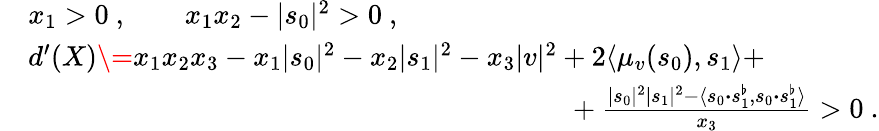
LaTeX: \begin{array}{rl}&{x_{1}>0\ ,\qquad x_{1}x_{2}-|s_{0}|^{2}>0\ ,}\\ &{d^{\prime}(X)\= x_{1}x_{2}x_{3}-x_{1}|s_{0}|^{2}-x_{2}|s_{1}|^{2}-x_{3}|v|^{2}+2\langle\mu_{v}(s_{0}),s_{1}\rangle+}\\ &{\phantom{aaaaaaaaaaaaaaaaaaaaaaaaaaaaaaaaaaaa}+\frac{|s_{0}|^{2}|s_{1}|^{2}-\langle s_{0}{\boldsymbol{\cdot}}s_{1}^{\flat},s_{0}{\boldsymbol{\cdot}}s_{1}^{\flat}\rangle}{x_{3}}>0\ .}\end{array}